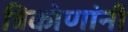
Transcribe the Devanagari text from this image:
त्रिकोणांनी